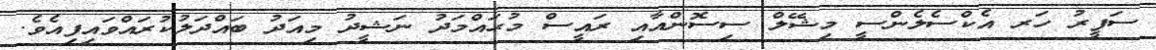
ސަފީރު ހަރ އެކްސެލެންސީ މިޝޭލް ސިސޮންއާއި ރައީސް މުޙައްމަދު ނަޝީދު މިއަދު ބައްދަލުކުރައްވައިފިއެވެ.